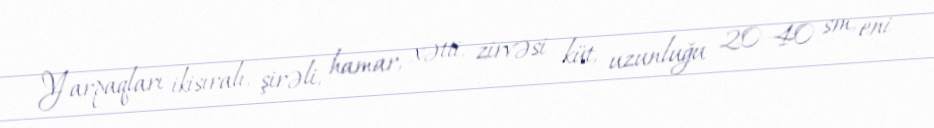
Yarpaqları ikisıralı, şirəli, hamar, xətti, zirvəsi küt, uzunluğu 20–40 sm, eni